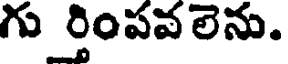
గు ర్తింపవలెను.